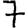
Digit: 7